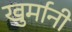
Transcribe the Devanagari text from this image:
खुर्मानी